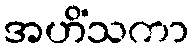
အဟိံသကာ